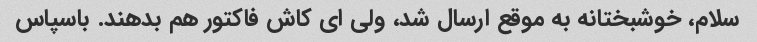
سلام، خوشبختانه به موقع ارسال شد، ولی ای کاش فاکتور هم بدهند. باسپاس